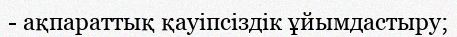
- ақпараттық қауіпсіздік ұйымдастыру;